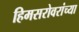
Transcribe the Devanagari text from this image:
हिमसरोवरांच्या